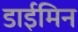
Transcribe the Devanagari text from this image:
डाईमिन